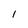
Character: I